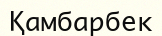
Қамбарбек